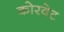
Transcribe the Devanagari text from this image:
कोरवेट